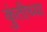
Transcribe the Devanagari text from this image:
कुंतीच्या